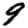
Digit: 9